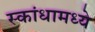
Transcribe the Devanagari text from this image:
स्कांधामध्ये